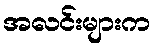
အလင်းများက